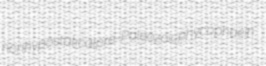
nonhypostatical pre-Paleozoic phycophaein